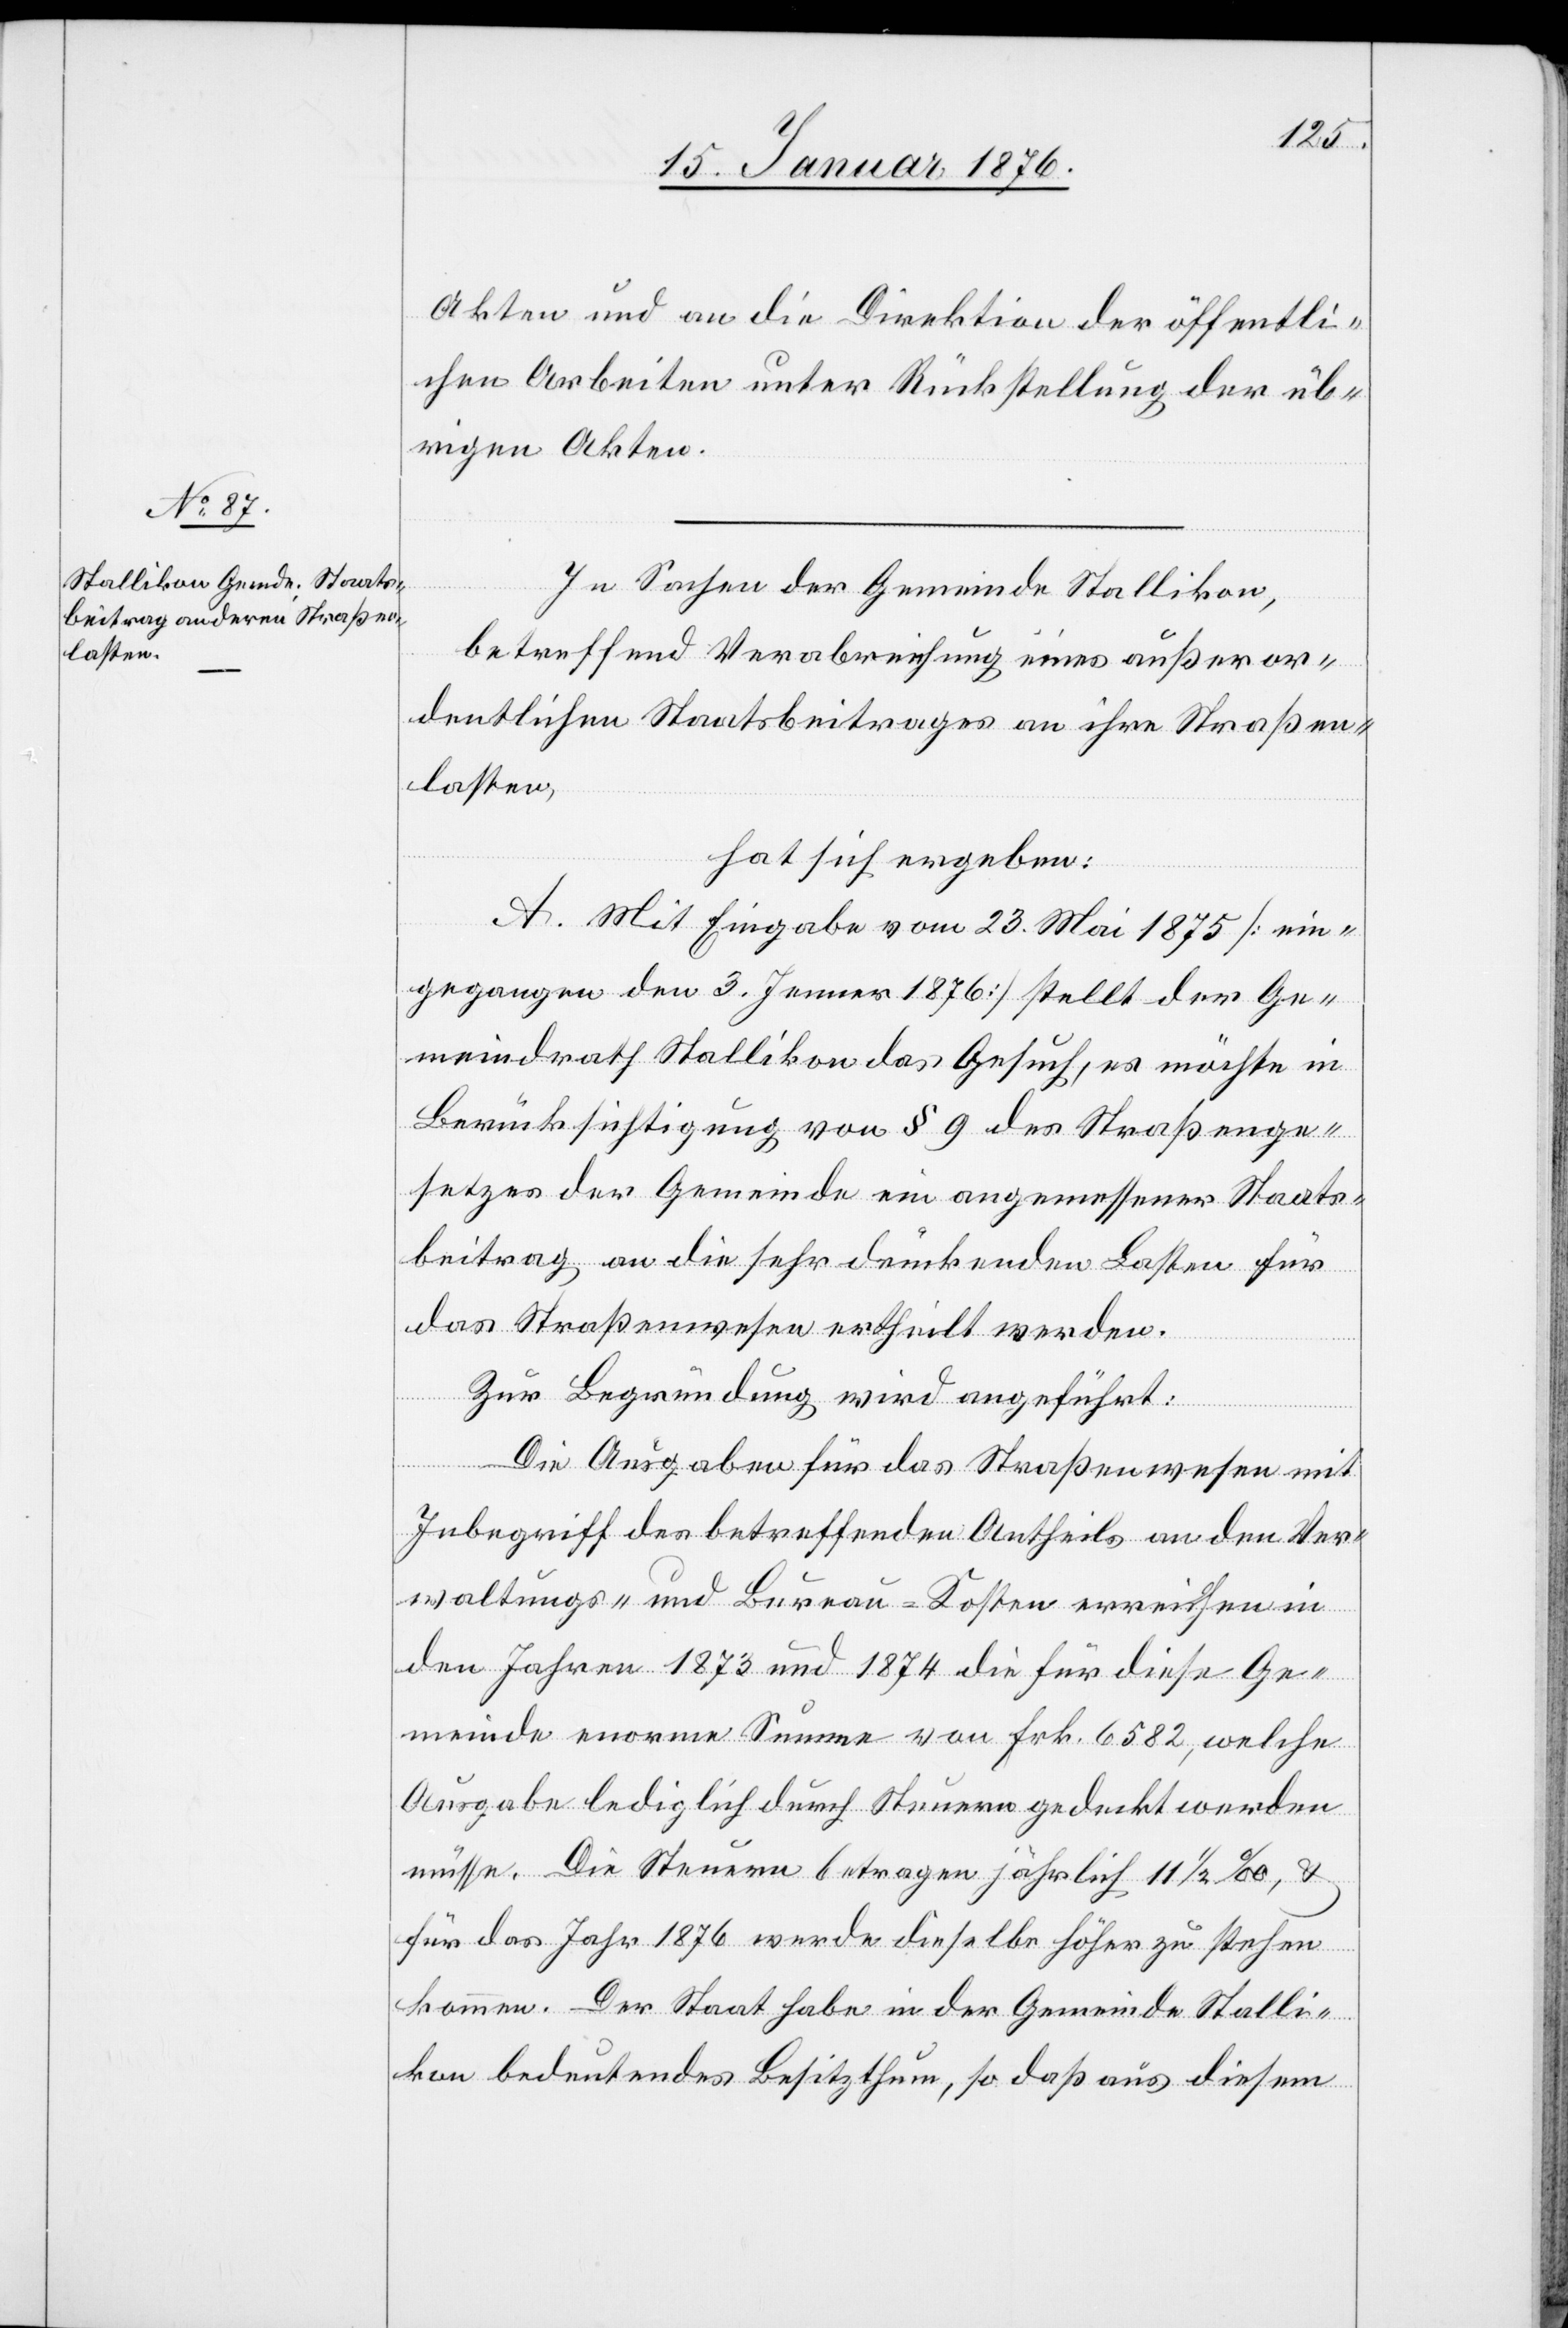
Akten und an die Direktion der öffentli¬
chen Arbeiten unter Rückstellung der üb¬
rigen Akten.
In Sachen der Gemeinde Stallikon,
betreffend Verabreichung eines außeror¬
dentlichen Staatsbeitrages an ihre Straßen¬
lasten,
hat sich ergeben:
A. Mit Eingabe vom 23. Mai 1875 [ein¬
gegangen den 3. Jenner 1876] stellt der Ge¬
meindrath Stallikon das Gesuch, es möchte in
Berücksichtigung von § 9 des Straßenge¬
setztes der Gemeinde ein angemessener Staats¬
beitrag an die sehr drückenden Lasten für
das Straßenwesen ertheilt werden.
Zur Begründung wird angeführt:
Die Ausgaben für das Straßenwesen mit
Inbegriff des betreffenden Antheils an den Ver¬
waltungs- und Bureau-Kosten erreichen in
den Jahren 1873 und 1874 die für diese Ge¬
meinde enorme Summe von Frk. 6582, welche
Ausgabe lediglich durch Steuern gedeckt werden
müsse. Die Steuern betragen jährlich 11 1/2 ‰, u.
für das Jahr 1876 werde dieselbe höher zu stehen
kommen. Der Staat habe in der Gemeinde Stalli¬
kon bedeutendes Besitzthum, so daß aus diesem